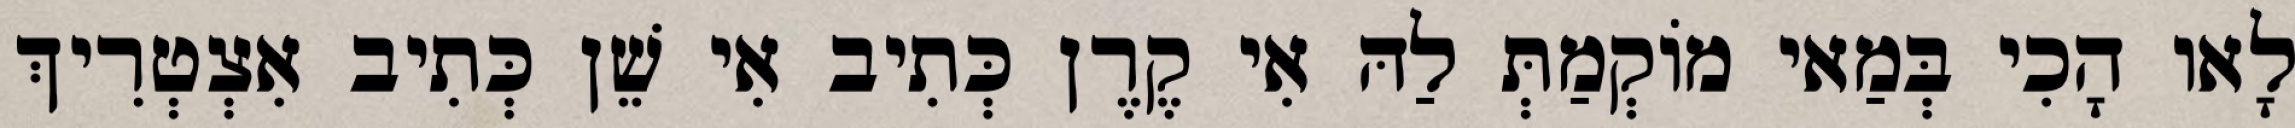
לָאו הָכִי בְּמַאי מוֹקְמַתְּ לַהּ אִי קֶרֶן כְּתִיב אִי שֵׁן כְּתִיב אִצְטְרִיךְ